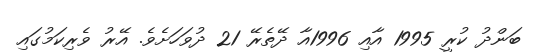
ބަންދު ކުރީ 1995 އާއި 1996އާ ދޭތެރޭ 21 ދުވަހަށެވެ. އޭރު ވެރިކަމުގައި